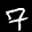
Label: 7